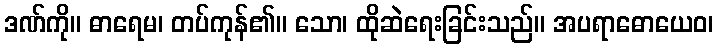
ဒဏ်ကို။ ဓာရေမ၊ တပ်ကုန်၏။ သော၊ ထိုဆဲရေးခြင်းသည်။ အပရာဓောယေဝ၊